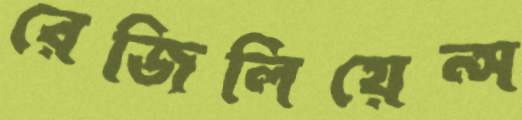
রেজিলিয়েন্স